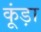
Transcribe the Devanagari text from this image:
कूंड़ा